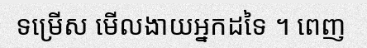
ទម្រើស មើលងាយអ្នកដទៃ ។ ពេញ